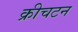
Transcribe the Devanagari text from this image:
क्रीचटन